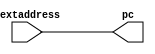
`timescale 1ns / 1ps
//////////////////////////////////////////////////////////////////////////////////
// Company: 
// Engineer: 
// 
// Design Name: 
// Module Name:    pchandler 
// Project Name: 
// Target Devices: 
// Tool versions: 
// Description: 
//
// Dependencies: 
//
// Revision: 
// Revision 0.01 - File Created
// Additional Comments: 
//
//////////////////////////////////////////////////////////////////////////////////
module pchandler(nextaddress,pc
    );
input wire [1:0]nextaddress;
output wire [1:0]pc;
assign pc=nextaddress;

endmodule